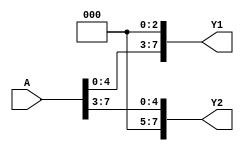
module Shift (A, Y1, Y2);

 

                 input [7:0] A;

                 output [7:0] Y1, Y2;

                 parameter B=3; reg [7:0] Y1, Y2;

                

                 always @(A)

                 begin

                                  Y1=A<<B; //logical shift left

                                  Y2=A>>B; //logical shift right

                 end

endmodule